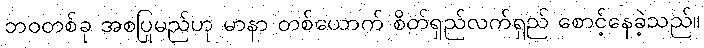
ဘဝတစ်ခု အစပြုမည်ဟု မာနာ တစ်ယောက် စိတ်ရှည်လက်ရှည် စောင့်နေခဲ့သည်။